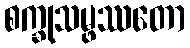
စက္ခုသမ္ဖဿတော